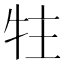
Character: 𰠳